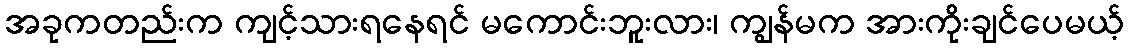
အခုကတည်းက ကျင့်သားရနေရင် မကောင်းဘူးလား၊ ကျွန်မက အားကိုးချင်ပေမယ့်